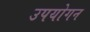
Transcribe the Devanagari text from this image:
उपयोगन